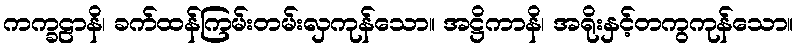
ကက္ခဠာနိ၊ ခက်ထန်ကြမ်းတမ်းလှကုန်သော။ အဋ္ဌိကာနိ၊ အရိုးနှင့်တကွကုန်သော။